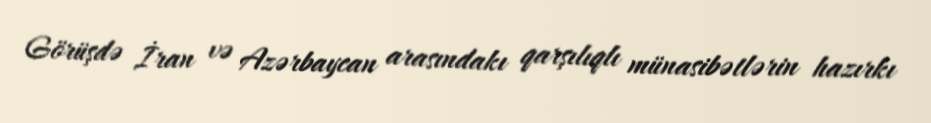
Görüşdə İran və Azərbaycan arasındakı qarşılıqlı münasibətlərin hazırkı